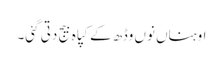
اوہناں نوں وڈھ کے کپاہ بیج دتی گئی۔